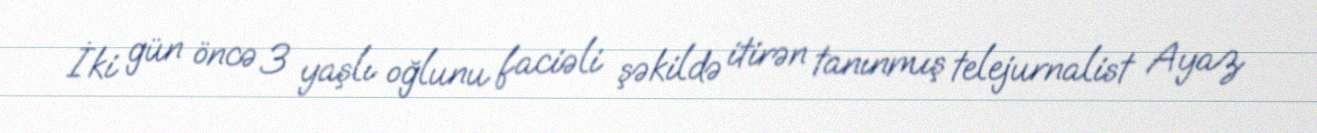
İki gün öncə 3 yaşlı oğlunu faciəli şəkildə itirən tanınmış telejurnalist Ayaz